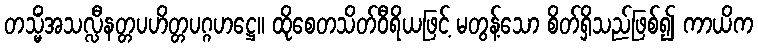
တသ္မိံအသလ္လီနတ္တပဟိတ္တပဂ္ဂဟဋ္ဌေ။ ထိုစေတသိတ်ဝီရိယဖြင့် မတွန့်သော စိတ်ရှိသည်ဖြစ်၍ ကာယိက